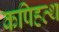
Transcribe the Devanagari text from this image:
कपिहत्थ